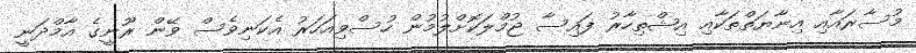
މުސާރައާއި އިނާޔަތްތަކާއި އިޝްތިހާރު ފައިސާ ޖުމްލަކޮށްލުމުން ހުސްވިއަހަރު އެކަނިވެސް ވޭން ރޫނީގެ އާމްދަނީ